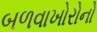
બળવાખોરોનો